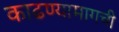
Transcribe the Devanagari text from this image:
काढण्यामागची